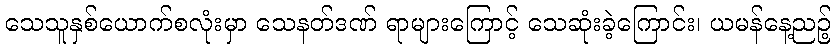
သေသူနှစ်ယောက်စလုံးမှာ သေနတ်ဒဏ် ရာများကြောင့် သေဆုံးခဲ့ကြောင်း၊ ယမန်နေ့ညဉ့်